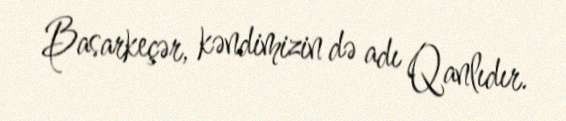
Basarkeçər, kəndimizin də adı Qanlıdır.